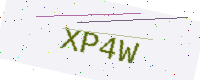
Text: XP4W